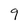
Character: 9